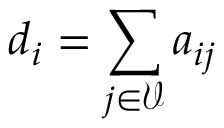
d _ { i } = \sum _ { j \in \mathcal { V } } a _ { i j }